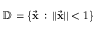
\mathbb { D } = \left\{ \vec { \bf x } \, : \, | | \vec { \bf x } | | < 1 \right\}